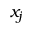
x _ { j }